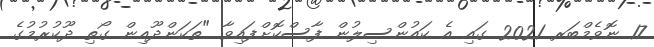
17 ނޮވެމްބަރ 2021 ގައި އެ ކައުންސިލުން ފާސްކޮށްފައިވާ "ތަކަންދޫއިން ގޯތި ދޫކުރުމުގެ